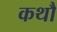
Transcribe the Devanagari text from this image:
कथौ